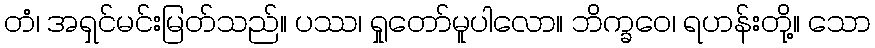
တံ၊ အရှင်မင်းမြတ်သည်။ ပဿ၊ ရှုတော်မူပါလော။ ဘိက္ခဝေ၊ ရဟန်းတို့။ သော